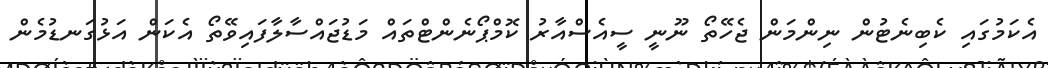
އެކަމުގައި ކެބިނެޓުން ނިންމަން ޖެހޭތޯ ނޫނީ ސީއެސްއާރު ކޮމްޕޯނެންޓްތައް މަޑުޖައްސާލާފައިވޭތޯ އެކަން އަޅުގަނޑުމެން